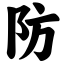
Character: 防